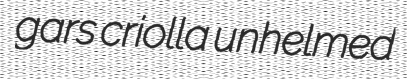
gars criolla unhelmed